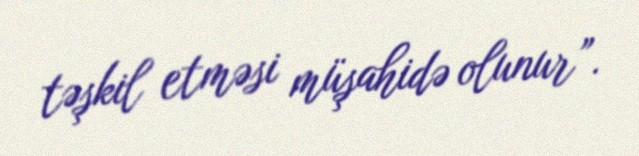
təşkil etməsi müşahidə olunur”.